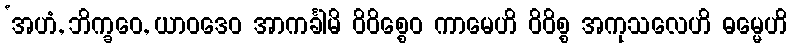
‘အဟံ, ဘိက္ခဝေ, ယာဝဒေဝ အာကင်္ခါမိ ဝိဝိစ္စေဝ ကာမေဟိ ဝိဝိစ္စ အကုသလေဟိ ဓမ္မေဟိ